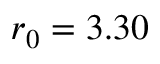
r _ { 0 } = 3 . 3 0